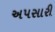
અપસારી